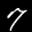
Label: 7